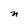
Character: n